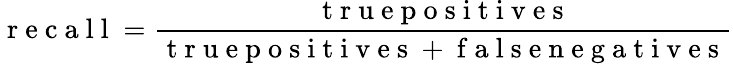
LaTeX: \mathrm{~r~e~c~a~l~l~}=\frac{\mathrm{~t~r~u~e~p~o~s~i~t~i~v~e~s~}}{\mathrm{~t~r~u~e~p~o~s~i~t~i~v~e~s~+~f~a~l~s~e~n~e~g~a~t~i~v~e~s~}}